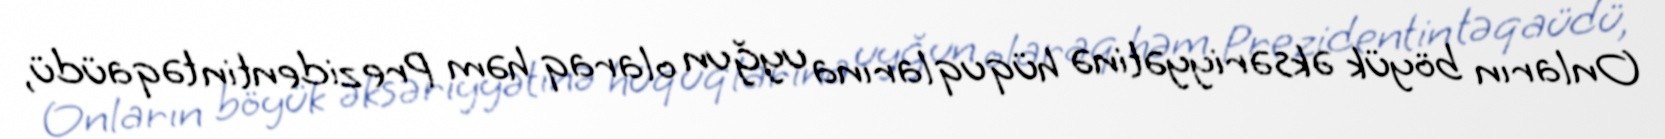
Onların böyük əksəriyyətinə hüquqlarına uyğun olaraq həm Prezidentin təqaüdü,